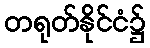
တရုတ်နိုင်ငံ၌